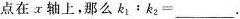
点在x轴上，那么$$k _ { 1 } : k _ { 2 } = ___$$.